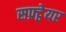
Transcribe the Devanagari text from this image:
सफ़्ट्वेयर